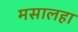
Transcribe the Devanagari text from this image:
मसालहा